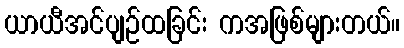
ယာယီအင်ပျဉ်ထခြင်း ကအဖြစ်များတယ်။